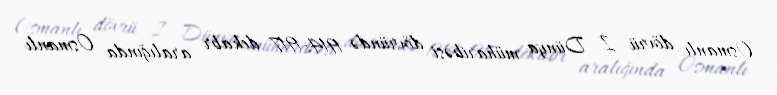
Osmanlı dövrü I Dünya müharibəsi dövründə 1914-1917 dekabr aralığında Osmanlı